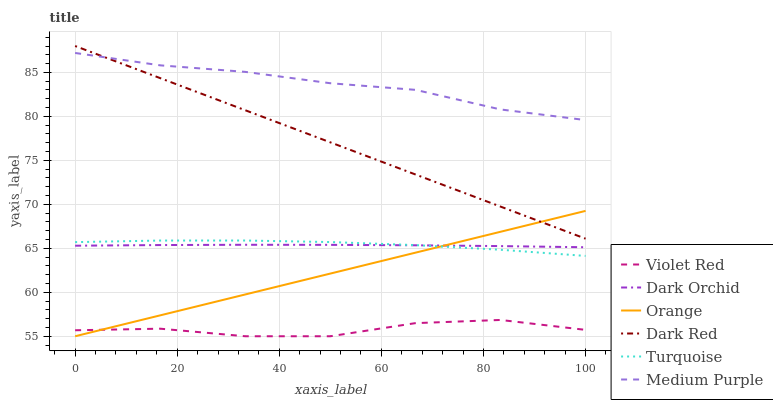
| xaxis_label | Violet Red | Dark Orchid | Orange | Dark Red | Turquoise | Medium Purple |
 | --- | --- | --- | --- | --- | --- | --- |
 | 0 | 55.7 | 65.3 | 55 | 88 | 65.7 | 87.2 |
 | 16.7 | 55.9 | 65.4 | 57.4 | 84.3 | 65.9 | 85.8 |
 | 33.3 | 55 | 65.4 | 59.8 | 80.7 | 65.9 | 85.1 |
 | 50 | 55 | 65.4 | 62.1 | 77 | 65.7 | 83.8 |
 | 66.7 | 56.5 | 65.3 | 64.5 | 73.4 | 65.4 | 83 |
 | 83.3 | 56.9 | 65.3 | 66.9 | 69.7 | 64.8 | 80.8 |
 | 100 | 55.7 | 65.1 | 69.3 | 66.1 | 64.1 | 79.6 |